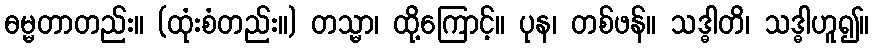
ဓမ္မတာတည်း။ (ထုံးစံတည်း။) တသ္မာ၊ ထို့ကြောင့်။ ပုန၊ တစ်ဖန်။ သဒ္ဓါတိ၊ သဒ္ဓါဟူ၍။